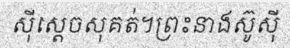
ស៊ីស្តេចសុគត់។ព្រះនាងស៊ូស៊ី